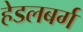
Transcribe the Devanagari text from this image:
हेडलबर्ग